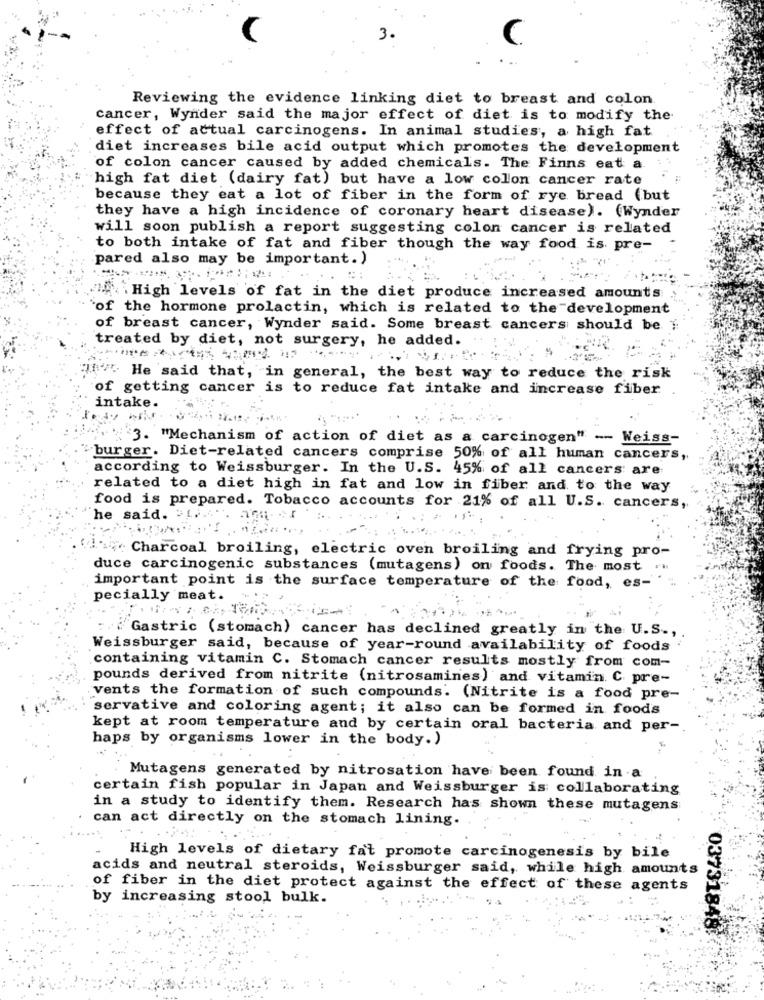
3.
(
Reviewing the evidence linking diet to breast and colon
cancer, Wynder said the major effect of diet is to modify the
effect of actual carcinogens. In animal studies, a high fat
diet increases bile acid output which promotes the development
of colon cancer caused by added chemicals. The Finns eat a
high fat diet (dairy fat) but have a low colon cancer rate
because they eat a lot of fiber in the form of rye bread (but
they have a high incidence of coronary heart disease). (Wynder
will soon publish a report suggesting colon cancer is related
to both intake of fat and fiber though the way food is pre-
pared also may be important.)
High levels of fat in the diet produce increased amounts
`of the hormone prolactin, which is related to the development
of breast cancer, Wynder said. Some breast cancers should be 1
treated by diet, not surgery, he added.
J"" He said that, in general, the best way to reduce the risk
of getting cancer is to reduce fat intake and increase fiber
intake.
"3. "Mechanism of action of diet as a carcinogen" -- Weiss-
burger. Diet-related cancers comprise 50% of all human cancers,
according to Weissburger. In the U.S. 45% of all cancers are
related to a diet high in fat and low in fiber and to the way
food is prepared. Tobacco accounts for 21% of all U.S. cancers,
he said. "1.
Charcoal broiling, electric oven broiling and frying pro-
duce carcinogenic substances (mutagens) on foods. The most
important point is the surface temperature of the food, es-
pecially meat.
Gastric (stomach) cancer has declined greatly in the U.S .,
Weissburger said, because of year-round availability of foods
containing vitamin C. Stomach cancer results mostly from com-
pounds derived from nitrite (nitrosamines) and vitamin C. pre-
vents the formation of such compounds. (Nitrite is a food pre-
servative and coloring agent; it also can be formed in foods
kept at room temperature and by certain oral bacteria and per-
haps by organisms lower in the body. )
Mutagens generated by nitrosation have been found in a
certain fish popular in Japan and Weissburger is collaborating
in a study to identify them. Research has shown these mutagens
can act directly on the stomach lining.
High levels of dietary fat promote carcinogenesis by bile
acids and neutral steroids, Weissburger said, while high amounts
of fiber in the diet protect against the effect of these agents
by increasing stool bulk.
03731848